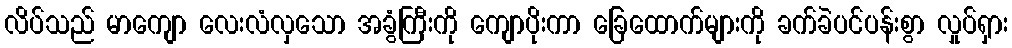
လိပ်သည် မာကျော လေးလံလှသော အခွံကြီးကို ကျောပိုးကာ ခြေထောက်များကို ခက်ခဲပင်ပန်းစွာ လှုပ်ရှား